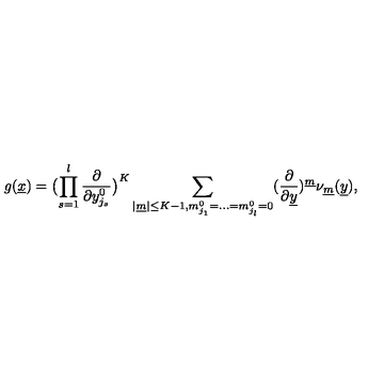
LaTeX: g ( \underline { { x } } ) = \bigl ( \prod _ { s = 1 } ^ { l } \frac { \partial } { \partial y _ { j _ { s } } ^ { 0 } } \bigr ) ^ { K } \sum _ { | \underline { { m } } | \leq K - 1 , m _ { j _ { 1 } } ^ { 0 } = . . . = m _ { j _ { l } } ^ { 0 } = 0 } ( \frac { \partial } { \partial \underline { { y } } } ) ^ { \underline { { m } } } \nu _ { \underline { { m } } } ( \underline { { y } } ) ,